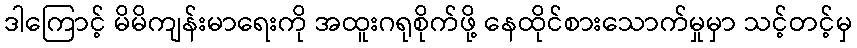
ဒါကြောင့် မိမိကျန်းမာရေးကို အထူးဂရုစိုက်ဖို့ နေထိုင်စားသောက်မှုမှာ သင့်တင့်မှ